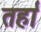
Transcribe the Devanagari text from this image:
तर्हा